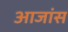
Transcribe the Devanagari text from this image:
आजांस